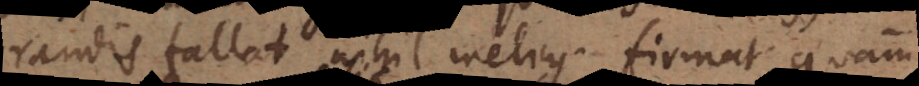
randis fallat nihil melius firmat quam